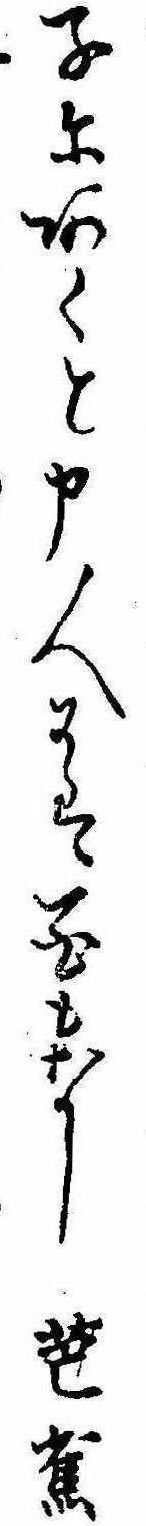
子にあくと申人には花もなし芭蕉